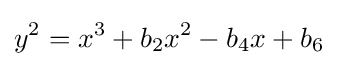
y^{2}=x^{3}+b_{2}x^{2}-b_{4}x+b_{6}